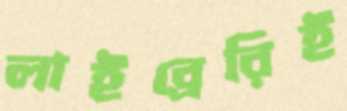
লাইব্রেরিই